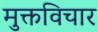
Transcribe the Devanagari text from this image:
मुक्तविचार